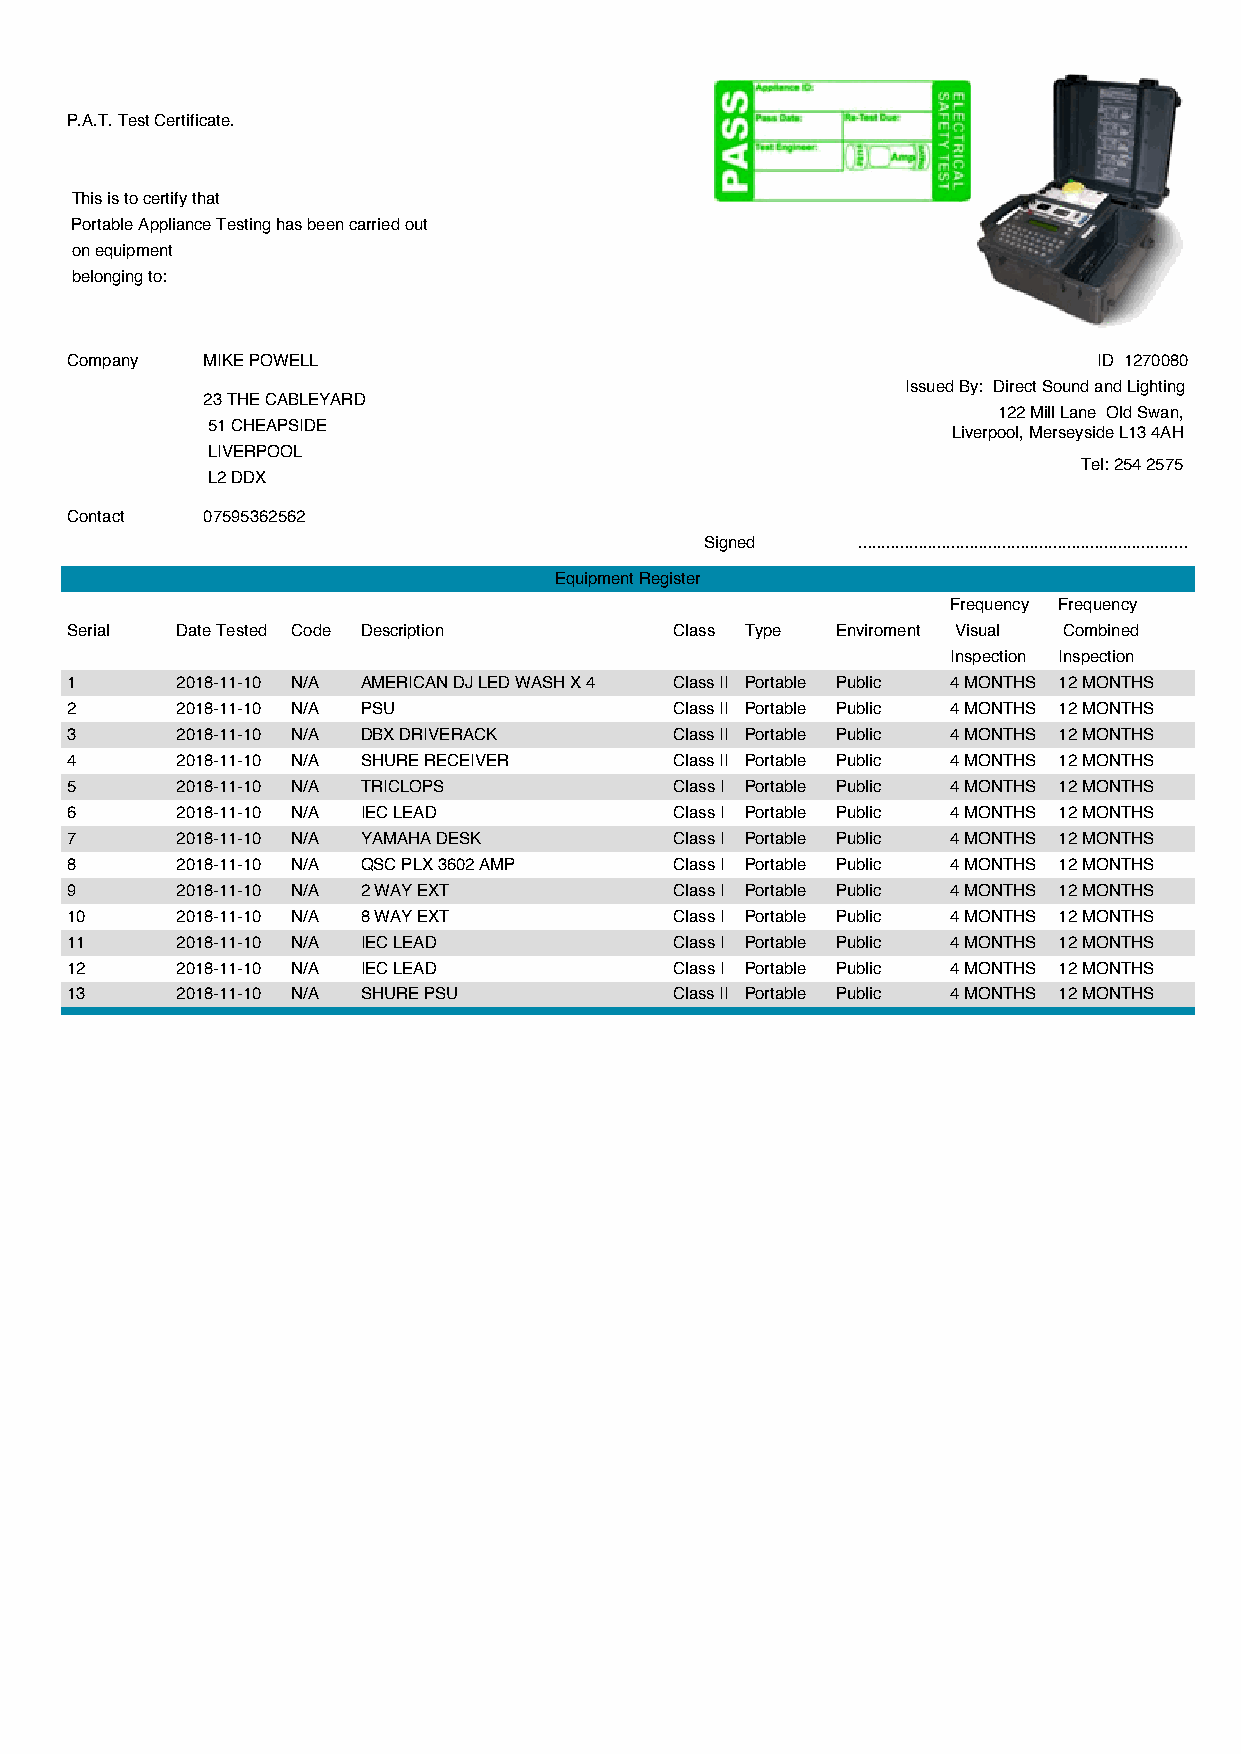
P.A.T. Test Certificate.
 This is to certify that
 Portable Appliance Testing has been carried out
 on equipment
 belonging to:
 Company  MIKE POWELL                                                 ID 1270080
 Issued By: Direct Sound and Lighting
 23 THE CABLEYARD
 122 Mill Lane Old Swan,
 51 CHEAPSIDE
 Liverpool, Merseyside L13 4AH
 LIVERPOOL
 Tel: 254 2575
 L2 DDX
 Contact  07595362562
 Signed    .......................................................................
 Equipment Register
 Frequency Frequency
 Serial  Date Tested Code Description     Class Type Enviroment Visual Combined
 Inspection Inspection
 1       2018-11-10 N/A AMERICAN DJ LED WASH X 4 Class II Portable Public 4 MONTHS 12 MONTHS
 2       2018-11-10 N/A PSU               Class II Portable Public 4 MONTHS 12 MONTHS
 3       2018-11-10 N/A DBX DRIVERACK     Class II Portable Public 4 MONTHS 12 MONTHS
 4       2018-11-10 N/A SHURE RECEIVER    Class II Portable Public 4 MONTHS 12 MONTHS
 5       2018-11-10 N/A TRICLOPS          Class I Portable Public 4 MONTHS 12 MONTHS
 6       2018-11-10 N/A IEC LEAD          Class I Portable Public 4 MONTHS 12 MONTHS
 7       2018-11-10 N/A YAMAHA DESK       Class I Portable Public 4 MONTHS 12 MONTHS
 8       2018-11-10 N/A QSC PLX 3602 AMP  Class I Portable Public 4 MONTHS 12 MONTHS
 9       2018-11-10 N/A 2 WAY EXT         Class I Portable Public 4 MONTHS 12 MONTHS
 10      2018-11-10 N/A 8 WAY EXT         Class I Portable Public 4 MONTHS 12 MONTHS
 11      2018-11-10 N/A IEC LEAD          Class I Portable Public 4 MONTHS 12 MONTHS
 12      2018-11-10 N/A IEC LEAD          Class I Portable Public 4 MONTHS 12 MONTHS
 13      2018-11-10 N/A SHURE PSU         Class II Portable Public 4 MONTHS 12 MONTHS